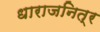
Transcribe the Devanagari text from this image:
धाराजनित्र